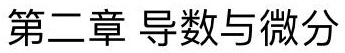
第二章 导数与微分